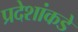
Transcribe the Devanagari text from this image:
प्रदेशांकडे